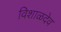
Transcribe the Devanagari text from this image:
विशाळदेव